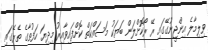
ވިލިމާލެ އިންޖީނުގޭގައި ރޭ ރޯކޮށްލަން ބަޔަކު މަސައްކަތް ކޮށްފައިވާއިރު މިދިޔަ ހަފުތާގެ ތެރޭގައި